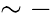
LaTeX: \sim-